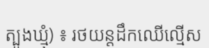
ត្បូងឃ្មុំ) ៖ រថយន្តដឹកឈើល្មើស